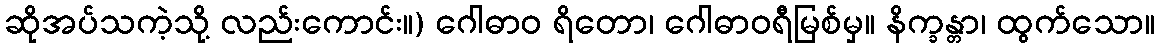
ဆိုအပ်သကဲ့သို့ လည်းကောင်း။) ဂေါဓာဝ ရိတော၊ ဂေါဓာဝရီမြစ်မှ။ နိက္ခန္တာ၊ ထွက်သော။